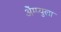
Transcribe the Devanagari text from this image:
ॲेम्प्युला